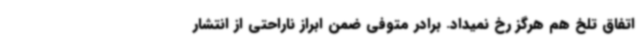
اتفاق تلخ هم هرگز رخ نمیداد. برادر متوفی ضمن ابراز ناراحتی از انتشار